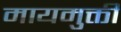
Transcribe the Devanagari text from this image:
मायमुक्ती